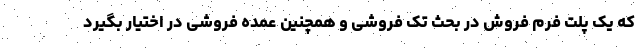
که یک پلت فرم فروش در بحث تک فروشی و همچنین عمده فروشی در اختیار بگیرد